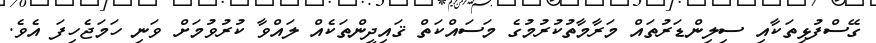
ގޭސްފުޅިތަކާއި ސިލިންޑަރުތައް މަރާމާތުކުރުމުގެ މަސައްކަތް ޤައިދީންތަކެއް ލައްވާ ކުރުވުމަށް ވަނި ހަމަޖެހިފަ އެވެ.